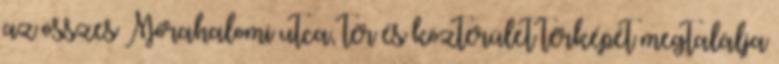
az összes Mórahalomi utca, tér és közterület térképét megtalálja